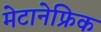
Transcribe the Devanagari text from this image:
मेटानेफ्रिक